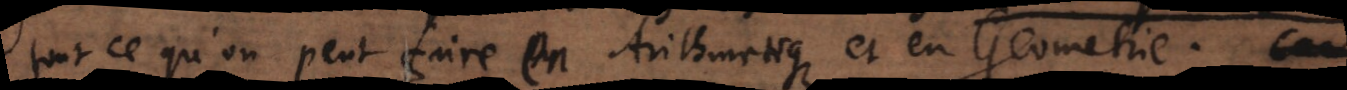
tout ce qu’on peut faire en Arithmetique et en Geometrie. Car